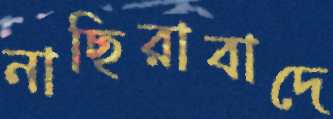
নাছিরাবাদে